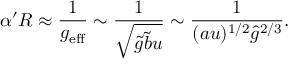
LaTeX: \alpha ^ { \prime } R \approx \frac { 1 } { g _ { \mathrm { e f f } } } \sim \frac { 1 } { \sqrt { \tilde { g } \tilde { b } u } } \sim \frac { 1 } { ( a u ) ^ { 1 / 2 } { \hat { g } } ^ { 2 / 3 } } .